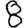
Digit: 8